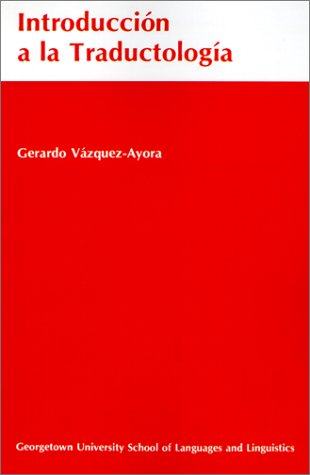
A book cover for IntroducciÃ³n a la TraductologÃ­a (Spanish Edition); Gerardo VÃ¡zquez-Ayora; Reference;